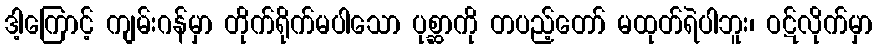
ဒါ့ကြောင့် ကျမ်းဂန်မှာ တိုက်ရိုက်မပါသော ပုစ္ဆာကို တပည့်တော် မထုတ်ရဲပါဘူး၊ ဝဋ်လိုက်မှာ